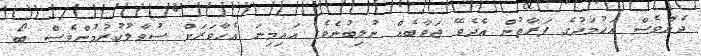
ދެންވެސް އަހުމަދުގެ ފަރާތުން އެދެވޭ ޖަވާބެއް ނުލިބުނެވެ. އައިމިނަ އެހާވަރަށް ސުވާލުކުރުމުންވެސް ބޯ